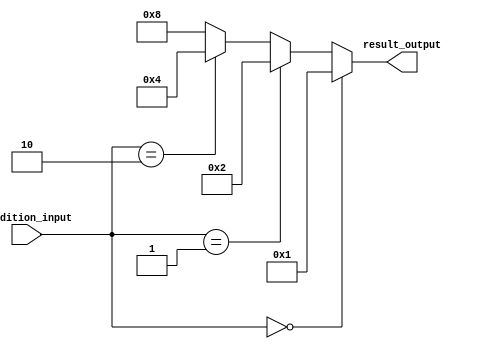
module nested_if_else_statement (
    input      [3:0]  condition_input,
    output reg [3:0]  result_output
);

always @(condition_input)
begin
    if (condition_input == 4'b0000) begin
        result_output = 4'b0001;
    end
    else if (condition_input == 4'b0001) begin
        result_output = 4'b0010;
    end
    else if (condition_input == 4'b0010) begin
        result_output = 4'b0100;
    end
    else begin
        result_output = 4'b1000;
    end
end

endmodule